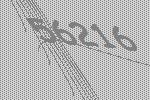
56216